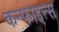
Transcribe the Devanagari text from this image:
कन्फाइन्स